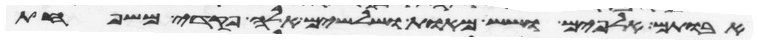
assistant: אבותם אלפים ושש מאות ושלשים אלה פקדי משפחת